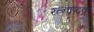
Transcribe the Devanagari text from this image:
रत्नाष्टक